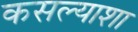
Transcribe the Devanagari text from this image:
कसल्याशा